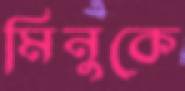
মিনুকে